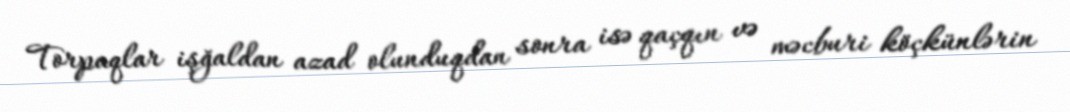
Torpaqlar işğaldan azad olunduqdan sonra isə qaçqın və məcburi köçkünlərin